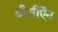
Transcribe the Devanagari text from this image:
बीजीऍन